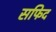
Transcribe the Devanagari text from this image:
सफिद